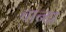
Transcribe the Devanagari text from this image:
बान्दा